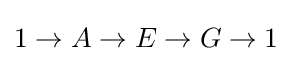
1\to A\to E\to G\to 1